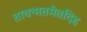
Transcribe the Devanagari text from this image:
तावन्मतमेतदिह